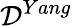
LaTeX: \mathcal{D}^{Yang}